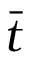
\bar { t }